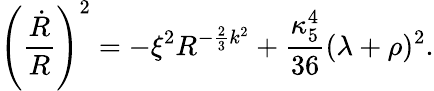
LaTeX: \left({\frac{\dot{R}}{R}}\right)^{2}=-\xi^{2}R^{-{\frac{2}{3}}k^{2}}+{\frac{\kappa_{5}^{4}}{36}}(\lambda+\rho)^{2}.